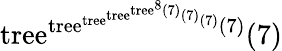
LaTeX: \mathrm{tree}^{\mathrm{tree}^{\mathrm{tree}^{\mathrm{tree}^{\mathrm{tree}^{8}(7)}(7)}(7)}(7)}(7)